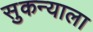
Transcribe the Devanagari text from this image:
सुकन्याला